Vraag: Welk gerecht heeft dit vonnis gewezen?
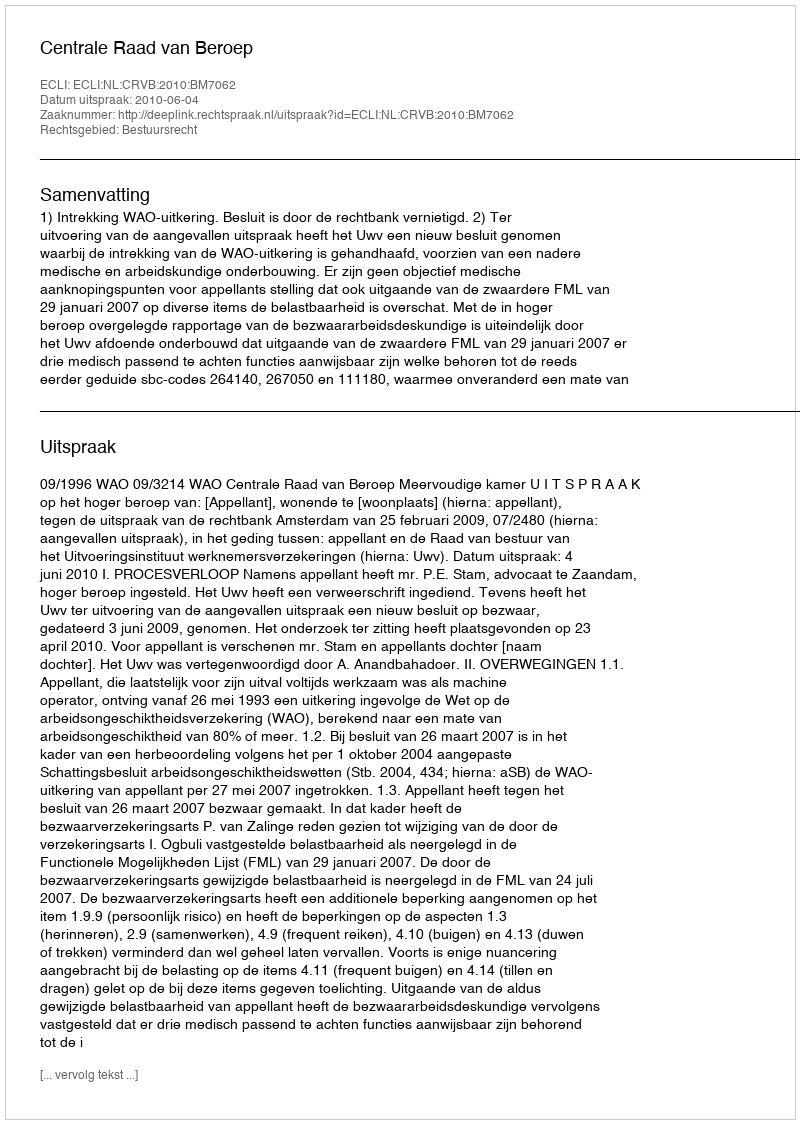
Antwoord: Centrale Raad van Beroep